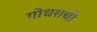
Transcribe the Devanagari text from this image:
गोधराची